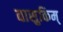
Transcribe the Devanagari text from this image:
वासुकिम्